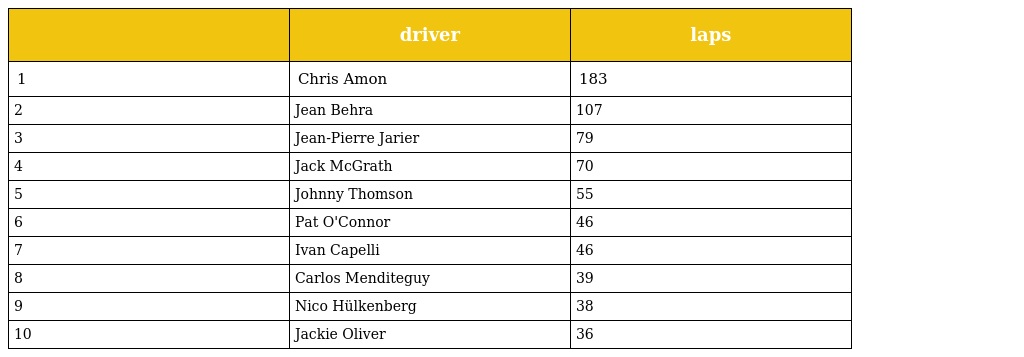
|  | driver | laps |
 | --- | --- | --- |
 | 1 | Chris Amon | 183 |
 | 2 | Jean Behra | 107 |
 | 3 | Jean-Pierre Jarier | 79 |
 | 4 | Jack McGrath | 70 |
 | 5 | Johnny Thomson | 55 |
 | 6 | Pat O'Connor | 46 |
 | 7 | Ivan Capelli | 46 |
 | 8 | Carlos Menditeguy | 39 |
 | 9 | Nico Hülkenberg | 38 |
 | 10 | Jackie Oliver | 36 |